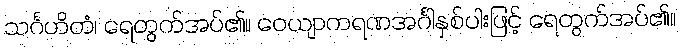
သင်္ဂဟိတံ၊ ရေတွက်အပ်၏။ ဝေယျာကရဏအင်္ဂါနှစ်ပါးဖြင့် ရေတွက်အပ်၏။